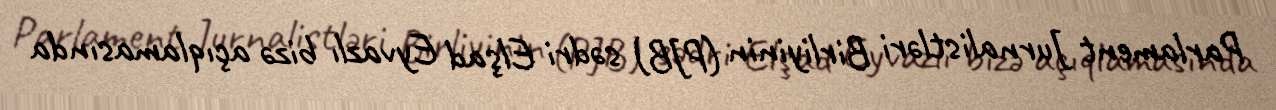
Parlament Jurnalistləri Birliyinin (PJB) sədri Elşad Eyvazlı bizə açıqlamasında